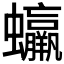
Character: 𧕳